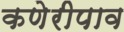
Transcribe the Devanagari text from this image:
कणेरीपाव